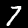
Digit: 7